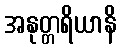
အနုတ္တရိယာနိ